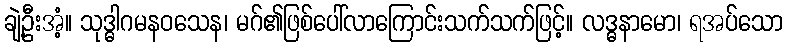
ချဲ့ဦးအံ့။ သုဒ္ဓါဂမနဝသေန၊ မဂ်၏ဖြစ်ပေါ်လာကြောင်းသက်သက်ဖြင့်။ လဒ္ဓနာမော၊ ရအပ်သော